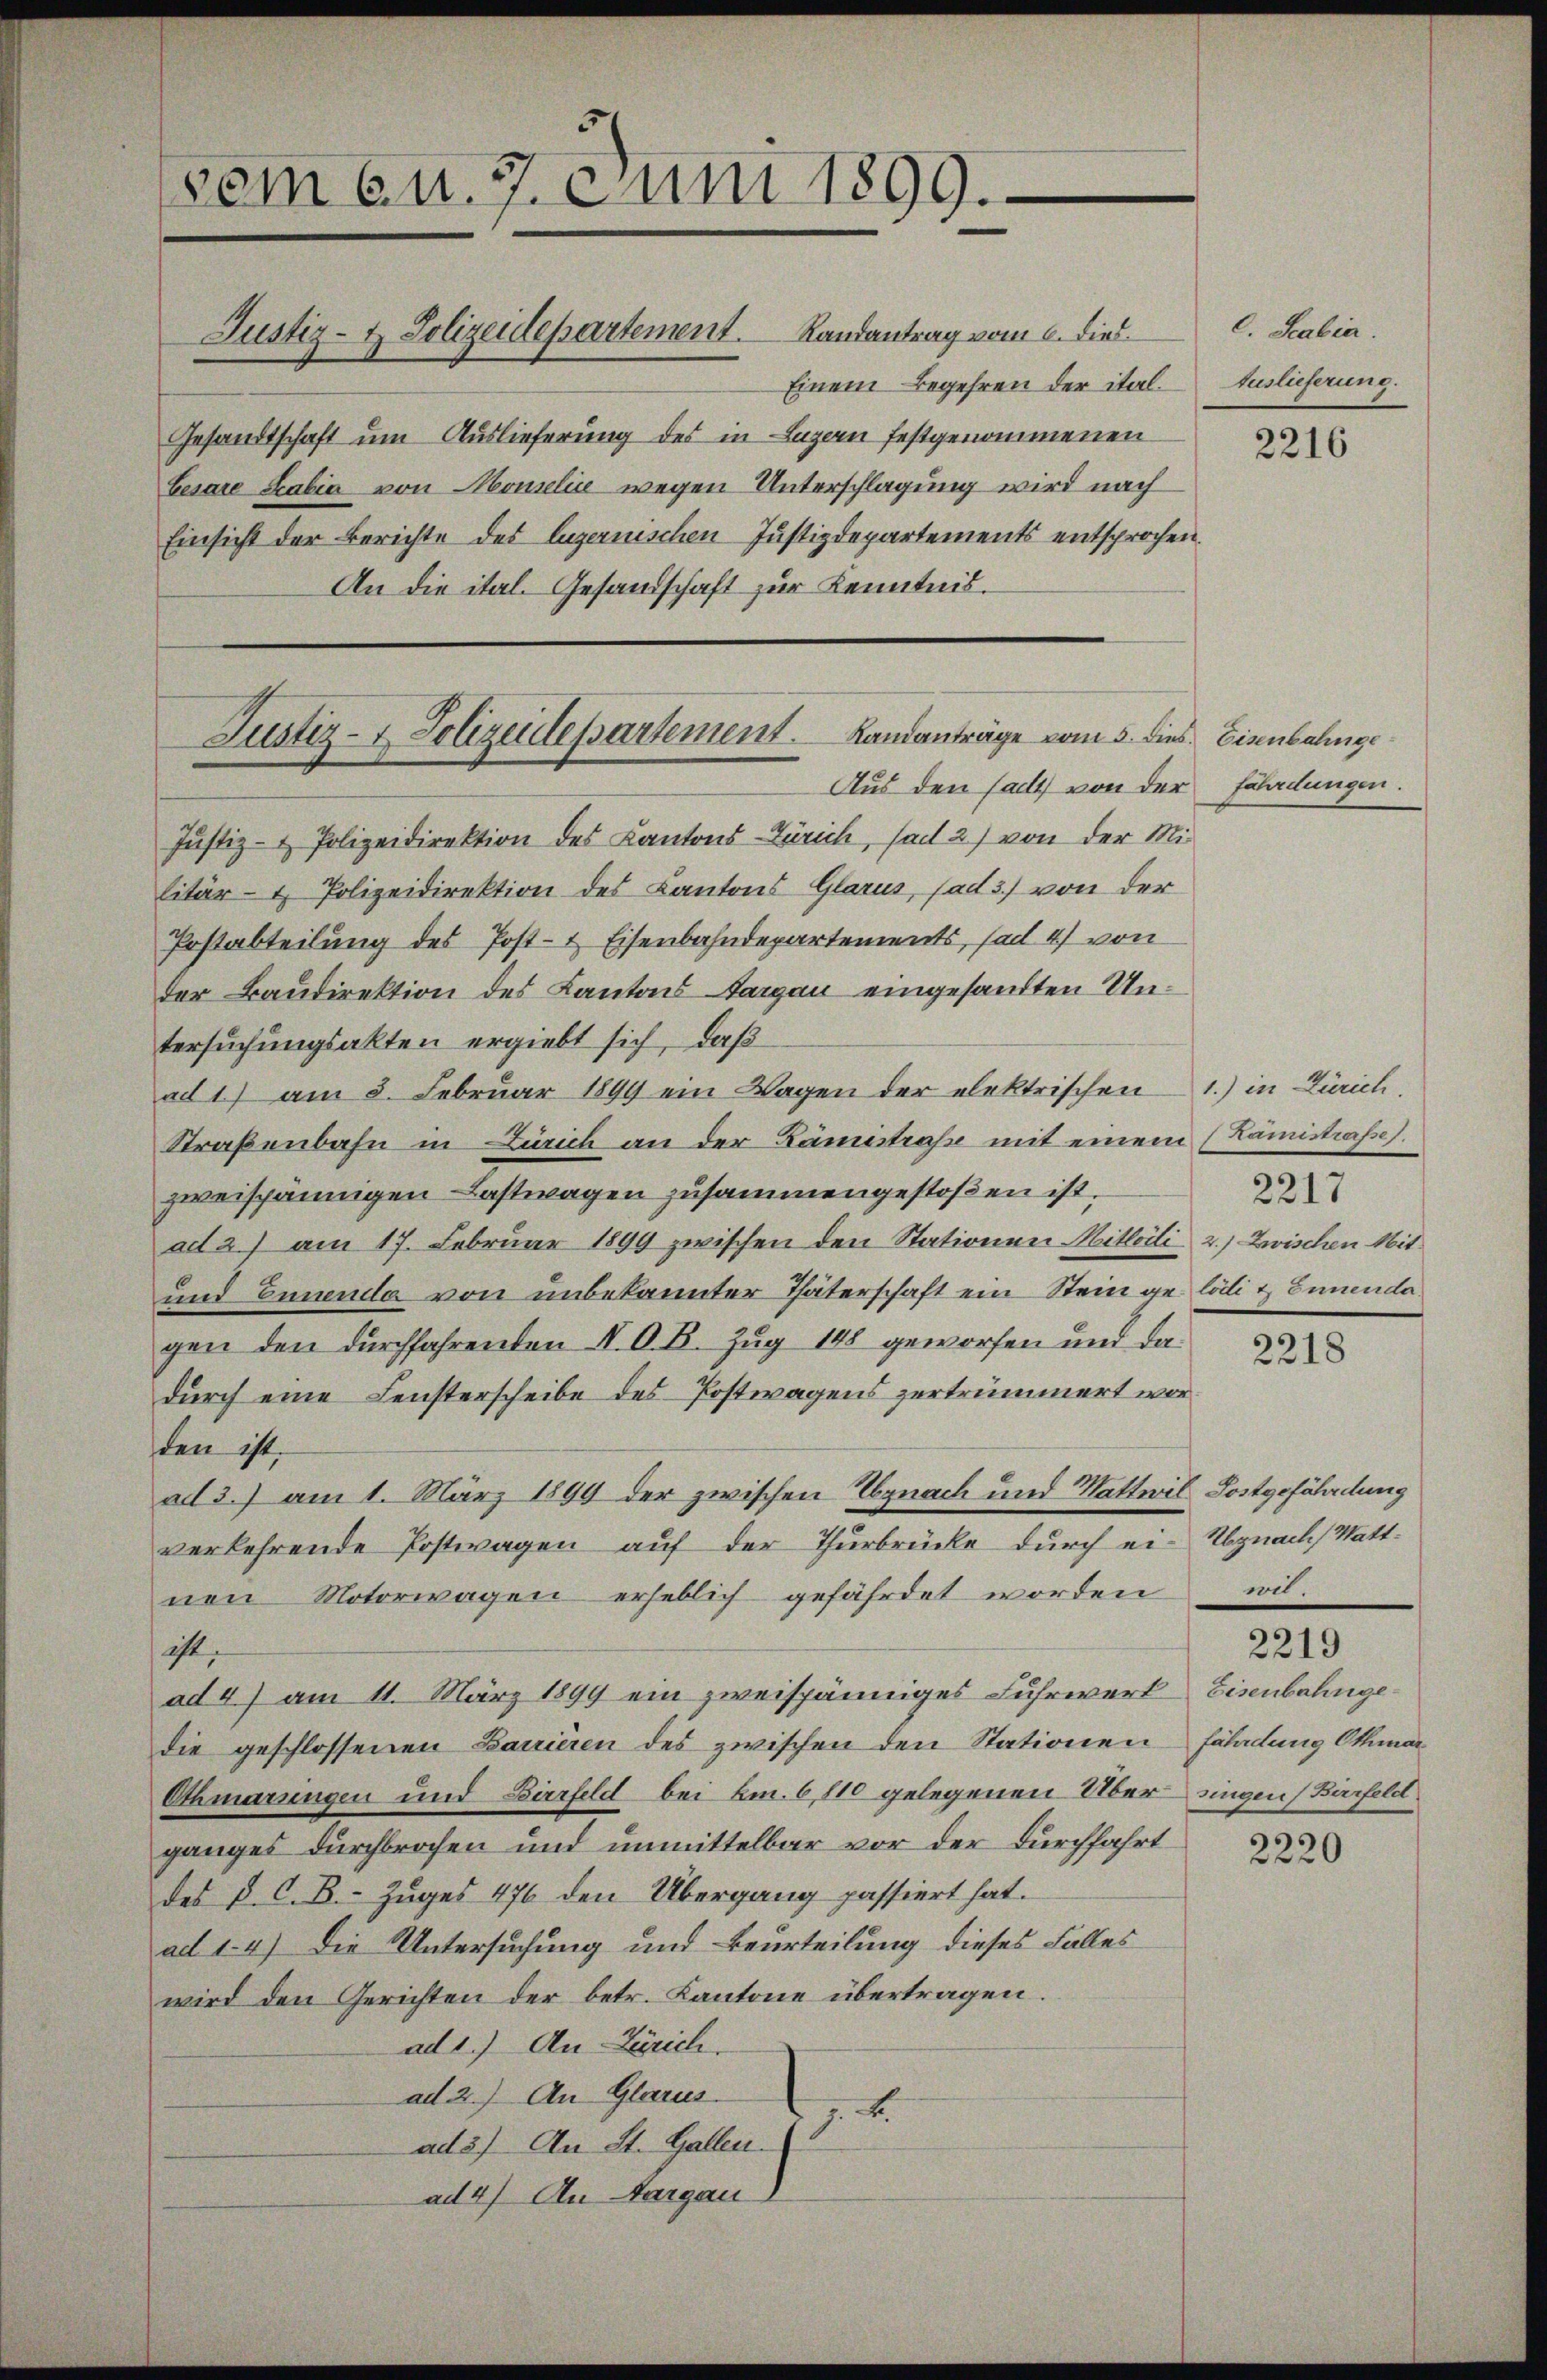
vom 6 u. 7. Juni 1899.

Einem Begehren der ital¬
Gesandtschaft um Auslieferung des in Luzern festgenommenen
besare Scalia von Monsilić wegen Unterschlagung wird nach
Einsicht der Berichte des Luzernischen Justizdepartements entsprochen.
An die ital. Gesandschaft zur Kenntnis.

Justiz- & Polizeidepartement. Landantrag vom 6. dies

Justiz- & Polizeidepartement. Landanträge vom 5. dies Eisenbahnge
Aus den sacht von der Fährdungen.

C. Scabia.
Auslieferung.

Jŭstiz- & Polizeidirektion des Kantons-Zürich, sed 2) von der Militär- & Polizeidirektion des Kantons Glarus, ad 3.) von der
Postabteilung des Post- & Eisenbahndepartements, ad 47 von
der Baudirektion des Kantons Sargau eingesandten Untersuchungsakten ergiebt sich, daß
ad 1) am 3. Febrŭar 1899 ein Wagen der elektrischen 1.) in Zürich,
Straßenbahn in Zürich an der Kämistraße mit einem (Kamistraße.
zweispännigen Lastwagen zusammengestoßen ist.
adt 2) am 17. Februar 1899 zwischen den Stationen Mitteili 2.) Zwischen Mit¬
und Ennenda von unbekannter Thäterschaft ein Stein gr. lödi & Ennenda
gen den durchfahrenden I. O. B. Zug 148 geworfen und da
durch eine Fensterscheibe des Postwagens zertrümmert worden ist,
ad 3.) am 1. März 1899 der zwischen Egnach und Wattwil Sostgefährdung
verkehrende Postwagen auf der Thurbrücke durch ei-Abgnach Wattnen Motorwagen erheblich gefährdet worden
ist,
ad 4) am 11. März 1899 ein zweispänniges Fuhrwerk Eisenbahngedie geschlossenen Bauieren des zwischen den Stationen Fäladung Othmar
Othmarungen und Bierfeld bei bm. 6, 110 gelegenen Übersingen (Birfeld
ganges durchbrochen und unmittelbar vor der Durchfahrt
des P. C. B. Zuges 476 den Übergang passiert hat.
ad 1. 4) Die Untersuchung und Beurteilung dieses Falles
wird den Gerichten der betr. Kantone übertragen.
ad 1.) An Zürich.
ad 2.) An Glarus
7.4.
ad 3) An St. Gallen.
ad 4) An Aargau

2216

2217

2218

wil

2219

2220